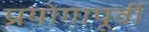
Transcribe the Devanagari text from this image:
प्रयोगापूर्वी